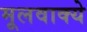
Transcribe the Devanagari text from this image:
मूलवाक्ये